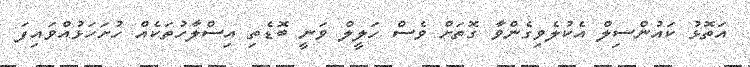
އަތޮޅު ކައުންސިލް އެކުލެވިގެންވާ ގޮތަށް ވެސް ހަލީލް ވަނީ ބޮޑެތި އިސްލާހުތަކެއް ހުށަހަޅުއްވައިފަ